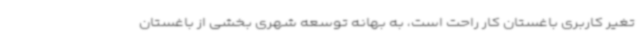
تغیر کاربری باغستان کار راحت است، به بهانه توسعه شهری بخشی از باغستان